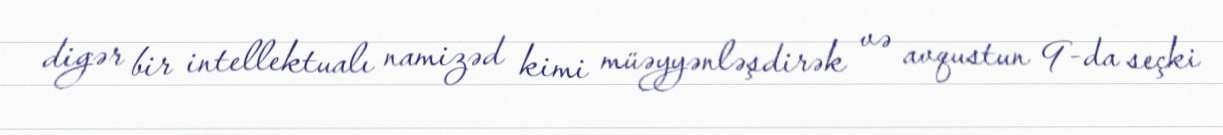
digər bir intellektualı namizəd kimi müəyyənləşdirək və avqustun 9-da seçki